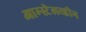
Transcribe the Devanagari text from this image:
आम्स्टेलव्हीन